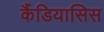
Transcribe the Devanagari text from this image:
कैंडियासिस